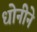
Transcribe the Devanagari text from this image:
धोनीने